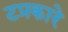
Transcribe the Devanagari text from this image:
टप्रकारे